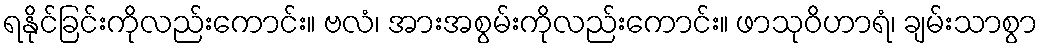
ရနိုင်ခြင်းကိုလည်းကောင်း။ ဗလံ၊ အားအစွမ်းကိုလည်းကောင်း။ ဖာသုဝိဟာရံ၊ ချမ်းသာစွာ